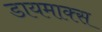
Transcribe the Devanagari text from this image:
डायमाक्स